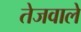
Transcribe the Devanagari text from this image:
तेजवाले